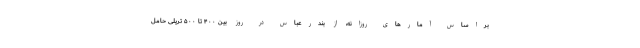
براساس آمارهای روزانه، از بندرعباس در روز بین ۴۰۰ تا ۵۰۰ تریلی حامل